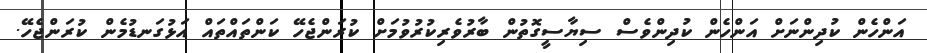
އަންހެން ކުދިންނަށް އަންހެން ކުދިންވެސް ސިޔާސީގޮތުން ބާރުވެރިކުރުވުމަށް ކުރަންޖެހޭ ކަންތައްތައް އަޅުގަނޑުމެން ކުރަންޖެހޭ.